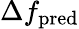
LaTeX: \Delta f_{\mathrm{pred}}